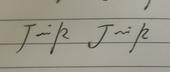
Signature authenticity: genuine